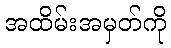
အထိမ်းအမှတ်ကို